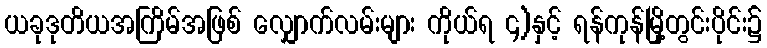
ယခုဒုတိယအကြိမ်အဖြစ် လျှောက်လမ်းများ ကိုယ်ရ ၄)နှင့် ရန်ကုန်မြို့တွင်းပိုင်း၌